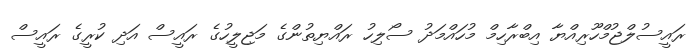
ރައީސުލްޖުމްހޫރިއްޔާ އިބްރާހިމް މުހައްމަދު ސޯލިހު ރައްޔިތުންގެ މަޖިލީހުގެ ރައީސް އަދި ކުރީގެ ރައީސް